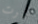
دبرت